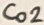
Text: Co2